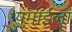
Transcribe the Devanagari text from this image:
यमाईला